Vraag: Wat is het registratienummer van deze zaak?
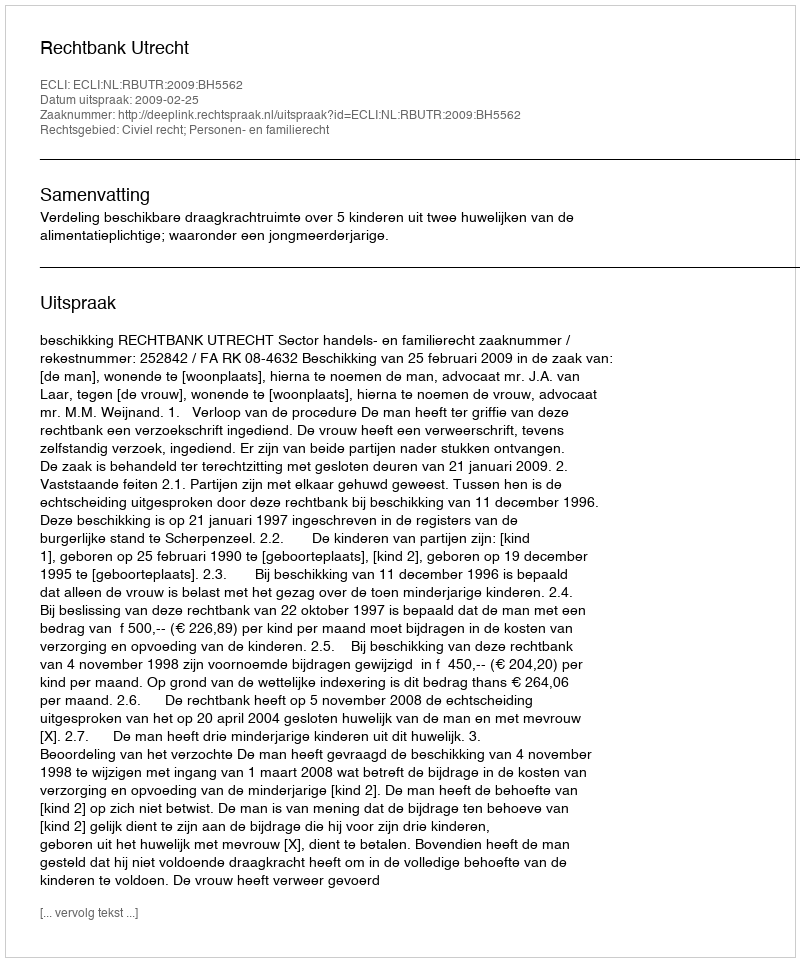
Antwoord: http://deeplink.rechtspraak.nl/uitspraak?id=ECLI:NL:RBUTR:2009:BH5562